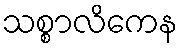
သစ္စာလိကေန